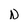
Character: N